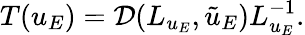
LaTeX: T(u_{E})=\mathcal{D}(L_{u_{E}},\tilde{u}_{E})L_{u_{E}}^{-1}.